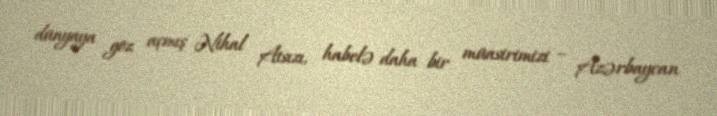
dünyaya göz açmış Nihal Atsızı, habelə daha bir müasirimizi – Azərbaycan